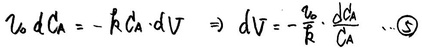
$v_0 \, dC_A = - k C_A \, dV \Rightarrow dV = - \frac{v_0}{k} \frac{dC_A}{C_A} \qquad \textcircled{5}$